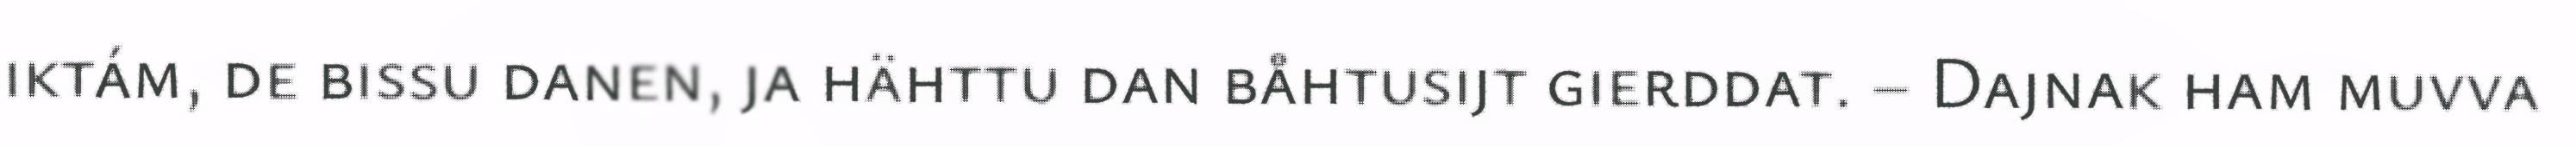
iktám, de bissu danen, ja hähttu dan båhtusijt gierddat. – Dajnak ham muvva